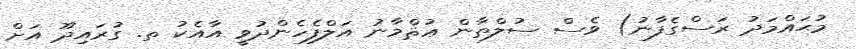
މުޙައްމަދު ރަސްގެފާނު) ވެސް ސުލްޠާން ޢުޘްމާނު އަލްފެހެންދުވީ އާއެކު ތ. ގުރައިދޫ އަށް